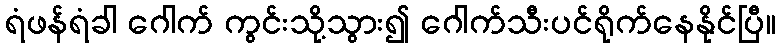
ရံဖန်ရံခါ ဂေါက် ကွင်းသို့သွား၍ ဂေါက်သီးပင်ရိုက်နေနိုင်ပြီ။